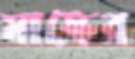
মাস্কের